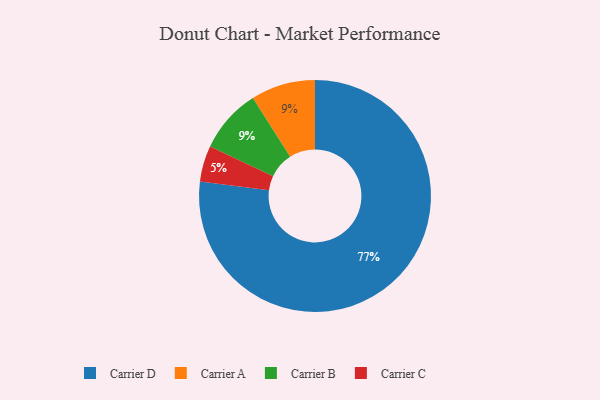
{"axis": {"x": "Category", "y": "Percentage"}, "legend": ["Carrier A", "Carrier B", "Carrier C", "Carrier D"], "data": [{"x": "Carrier A", "y": 9, "type": "Carrier A"}, {"x": "Carrier C", "y": 5, "type": "Carrier C"}, {"x": "Carrier D", "y": 77, "type": "Carrier D"}, {"x": "Carrier B", "y": 9, "type": "Carrier B"}]}